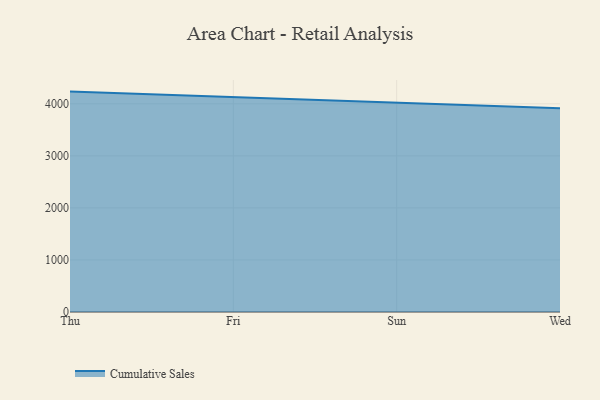
{"axis": {"x": "Day", "y": "Humidity (%)"}, "legend": ["Cumulative Sales"], "data": [{"x": "Thu", "y": 4234.7, "type": "Cumulative Sales"}, {"x": "Fri", "y": 4127.0, "type": "Cumulative Sales"}, {"x": "Sun", "y": 4010.3, "type": "Cumulative Sales"}, {"x": "Wed", "y": 3915.3, "type": "Cumulative Sales"}]}